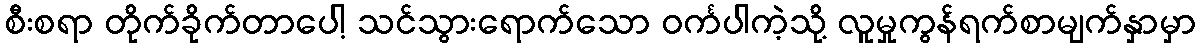
စီးစရာ တိုက်ခိုက်တာပေါ့ သင်သွားရောက်သော ဝင်္ကပါကဲ့သို့ လူမှုကွန်ရက်စာမျက်နှာမှာ